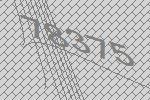
78375